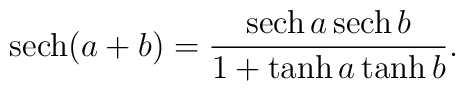
{\rm sech}(a+b)=\frac{{\rm sech}\,a\,{\rm sech}\,b}{1+\tanh a\tanh b}.